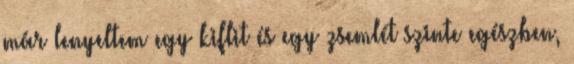
már lenyeltem egy kiflit és egy zsemlét szinte egészben,